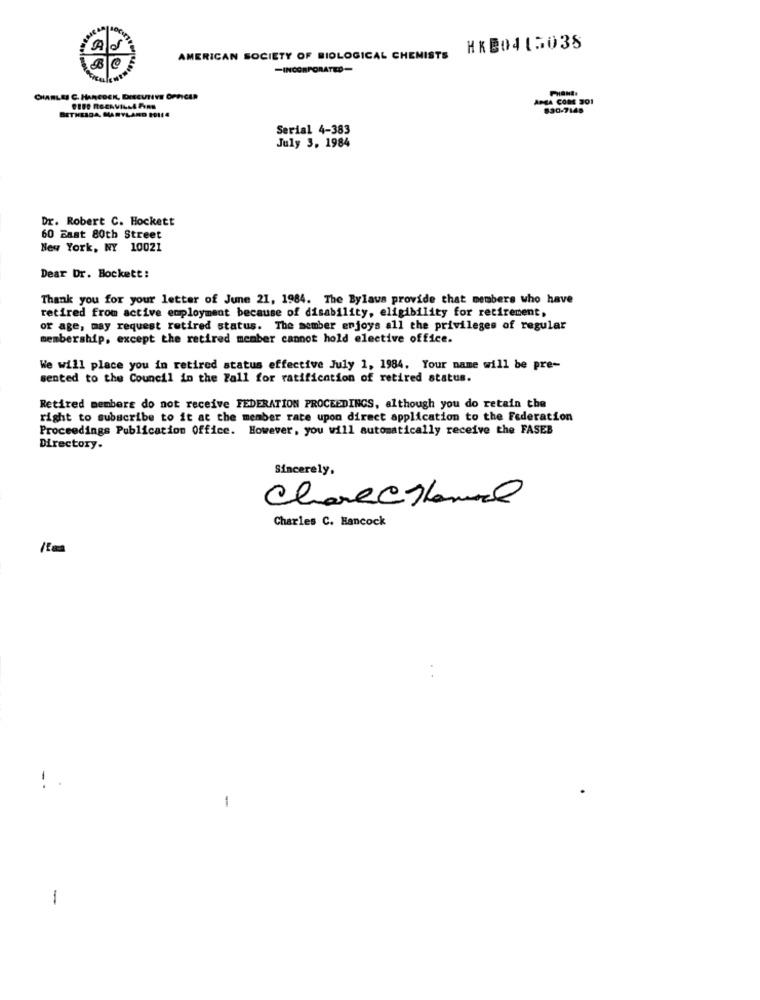
Als
HKB0415038
AMERICAN SOCIETY OF BIOLOGICAL CHEMISTS
-INCORPORATED-
PHONE:
CHARLES C. HANEDEK, DEECUTIVE OFFICER
APJA COME 201
CIBO RGENVILLA FORD
830-7148
BETHESDA, MARYLAND 2014
Serial 4-383
July 3, 1984
Dr. Robert C. Hockett
60 East 80th Street
New York, NY 10021
Dear Dr. Bockett:
Thank you for your letter of June 21, 1984. The Bylaus provide that members who have
retired from active employment because of disability, eligibility for retirement,
or age, may request retired status. The member enjoys all the privileges of regular
membership, except the retired member cannot hold elective office.
We will place you in retired status effective July 1, 1984. Your name will be pre-
sented to the Council in the Fall for ratification of retired status.
Retired members do not receive FEDERATION PROCEEDINGS, although you do retain the
right to subscribe to it at the member rate upon direct application to the Federation
Proceedings Publication Office. However, you will automatically receive the FASEB
Directory.
Sincerely,
Chance Themal
Charles C. Hancock
1
-